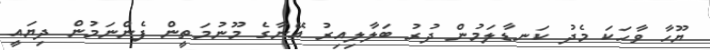
ޔޫހާ ވާހަކަ މެދު ކަނޑާލަމުން ދުރު ބަލާލިއިރު އޭނާގެ މޫނުމަތީން ފެންނަމުން ދިޔައީ